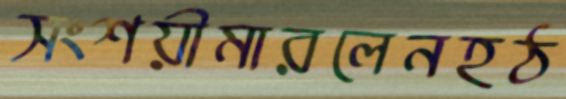
সংশয়ীমারলেনহঠ